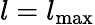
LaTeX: l={l_{{\mathrm{max}}}}